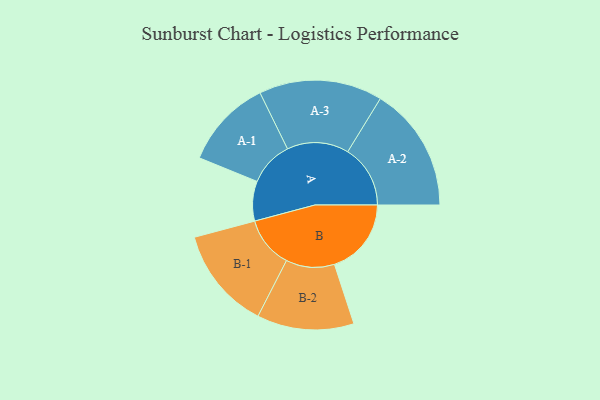
{"axis": {"x": "Segment", "y": "Value"}, "legend": ["", "A", "B"], "data": [{"x": "A", "y": 186, "type": ""}, {"x": "B", "y": 360, "type": ""}, {"x": "A-1", "y": 209, "type": "A"}, {"x": "A-2", "y": 293, "type": "A"}, {"x": "A-3", "y": 289, "type": "A"}, {"x": "B-1", "y": 240, "type": "B"}, {"x": "B-2", "y": 227, "type": "B"}]}